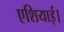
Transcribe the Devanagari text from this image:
एशियाई।